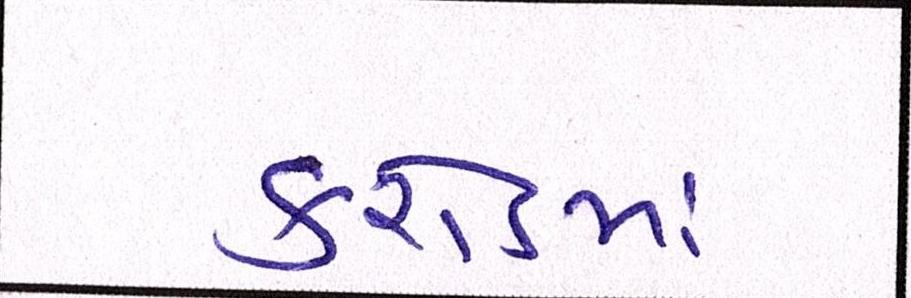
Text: કરોડમાં